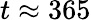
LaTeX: t\approx 365